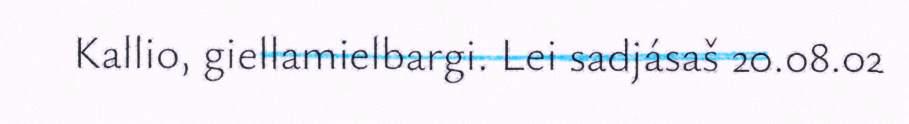
Kallio, giellamielbargi. Lei sadjásaš 20.08.02